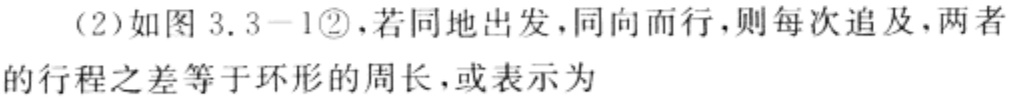
(2)如图3.3 - 1\textcircled{2}，若同地出发，同向而行，则每次追及，两者
的行程之差等于环形的周长，或表示为